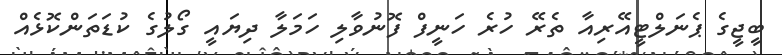
ބީޖީގެ ޕެނަލްޓީއޭރިއާ ތެރޭ ހުރެ ހަނީފް ފޮނުވާލި ހަމަލާ ދިޔައީ ގޯލުގެ ކުޑަތަންކޮޅެއް